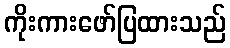
ကိုးကားဖော်ပြထားသည်